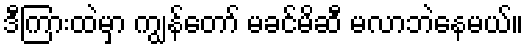
ဒီကြားထဲမှာ ကျွန်တော် မခင်မိဆီ မလာဘဲနေမယ်။